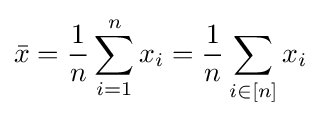
{\bar {x}}={\frac {1}{n}}\sum _{i=1}^{n}x_{i}={\frac {1}{n}}\sum _{i\in [n]}x_{i}